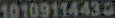
10109114430